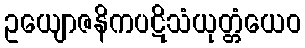
ဥယျောဇနိကပဋိသံယုတ္တံယေဝ